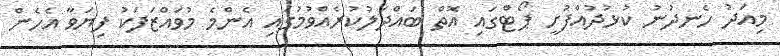
މިއަދު ހެނދުނު ކުޅުދުއްފުށީ ޕޯޓްގައި އޮތް ބައްދަލުކުރެއްވުމުގައި އެންމެ މުވައްޒަފަކު ފިޔަވާ އެހެން